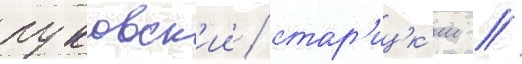
пуковск'ии / стар'ицк'ии /